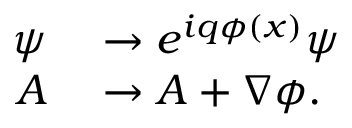
\begin{array} { r l } { \psi } & { { } \rightarrow e ^ { i q \phi ( x ) } \psi } \\ { A } & { { } \rightarrow A + \nabla \phi . } \end{array}